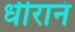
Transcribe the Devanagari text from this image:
धीरानं